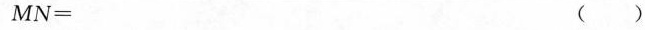
$$M N =$$ ()